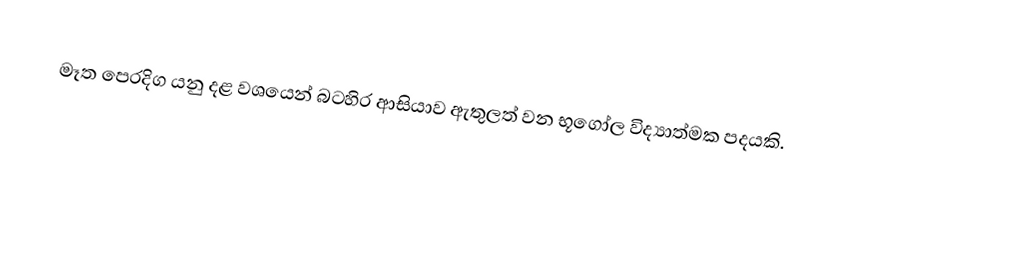
මෑත පෙරදිග යනු දළ වශයෙන්  බටහිර ආසියාව ඇතුලත් වන භූගෝල විද්‍යාත්මක පදයකි.